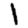
Digit: 1